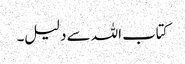
کتاب اللہ سے دلیل۔